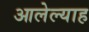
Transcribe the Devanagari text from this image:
आलेल्याह